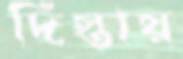
দিস্তায়